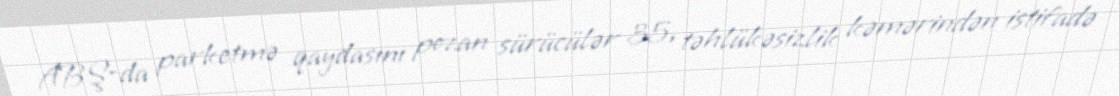
ABŞ-da parketmə qaydasını pozan sürücülər 35, təhlükəsizlik kəmərindən istifadə